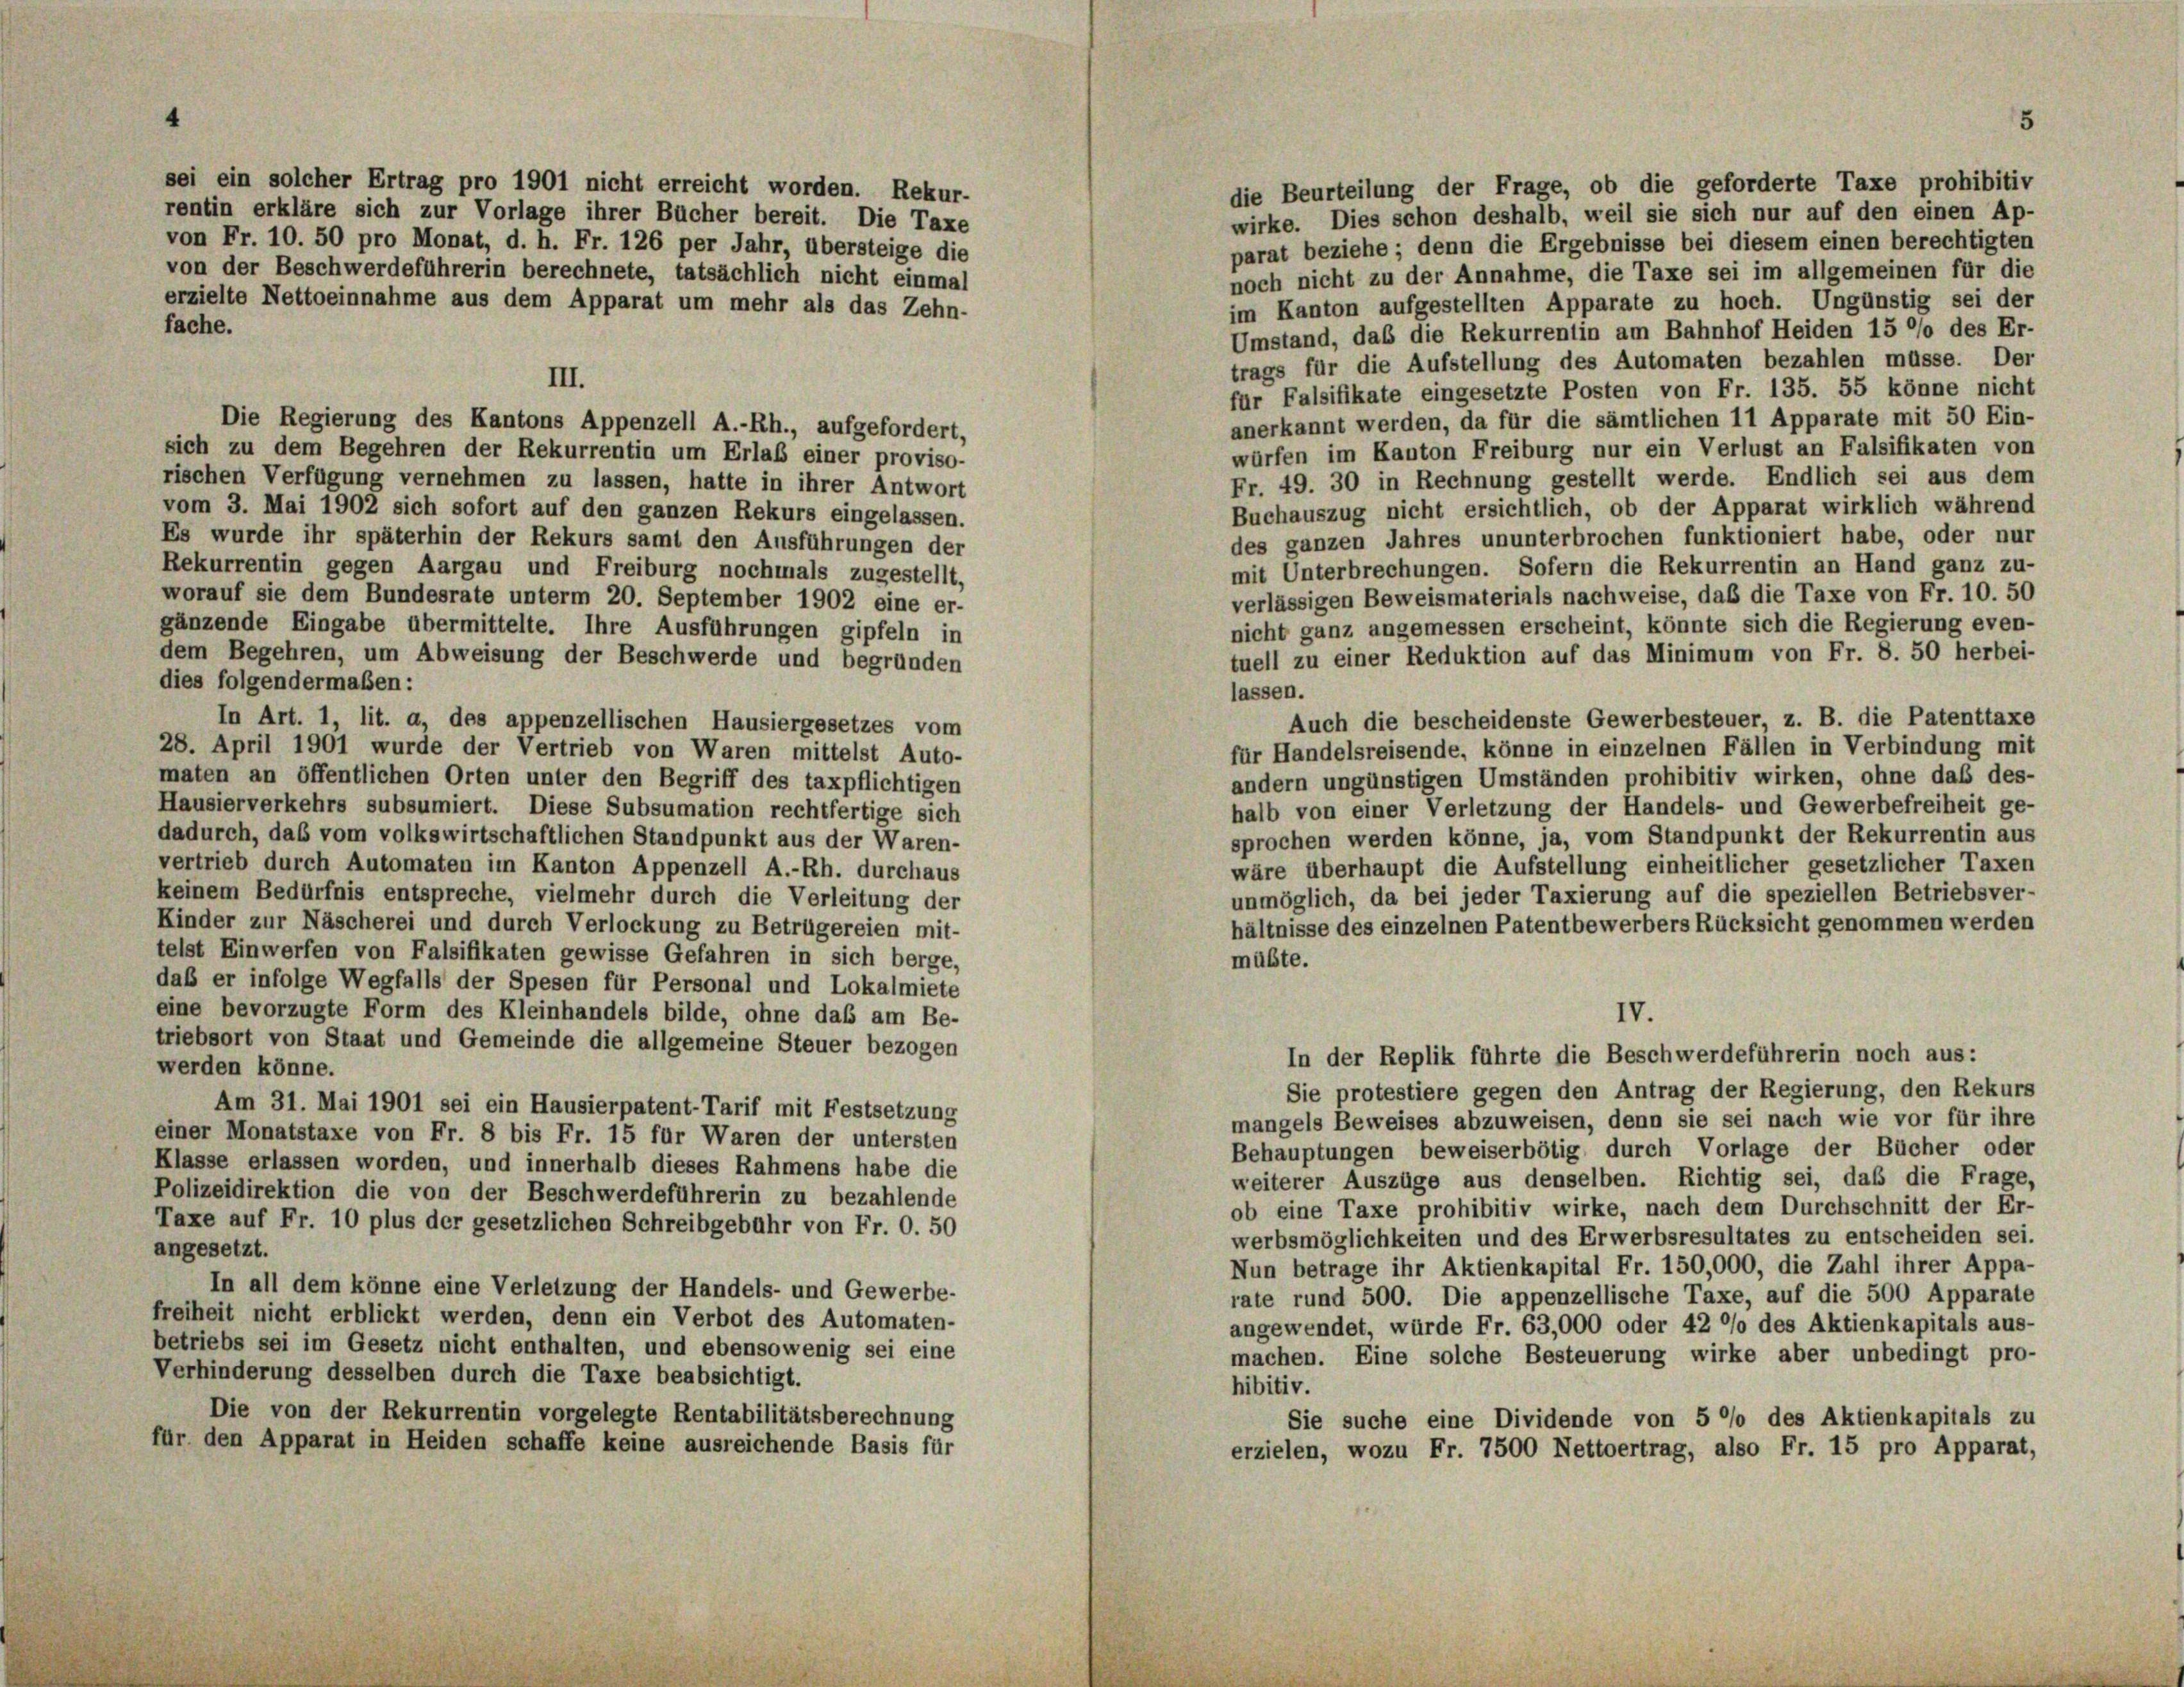
sei ein solcher Ertrag pro 1901 nicht erreicht worden. Rekur-
die Beurteilung der Frage, ob die geforderte Taxe prohibitiv
rentin erkläre sich zur Vorlage ihrer Bücher bereit. Die Taxe
wirke. Dies schon deshalb, weil sie sich nur auf den einen Ap-
von Fr. 10. 50 pro Monat, d. h. Fr. 126 per Jahr, übersteige die
parat beziehe; denn die Ergebnisse bei diesem einen berechtigten
von der Beschwerdeführerin berechnete, tatsächlich nicht einmal
noch nicht zu der Annahme, die Taxe sei im allgemeinen für die
erzielte Nettoeinnahme aus dem Apparat um mehr als das Zehn-
im Kanton aufgestellten Apparate zu hoch. Ungünstig sei der
fache.
Umstand, daß die Rekurrentin am Bahnhof Heiden 15 °/o des Er-
trags für die Aufstellung des Automaten bezahlen müsse. Der
III.
für Falsifikate eingesetzte Posten von Fr. 135. 55 könne nicht
anerkannt werden, da für die sämtlichen 11 Apparate mit 50 Ein-
Die Regierung des Kantons Appenzell A.-Rh., aufgefordert,
würfen im Kanton Freiburg nur ein Verlust an Falsifikaten von
sich zu dem Begehren der Rekurrentin um Erlaß einer proviso-
Fr. 49. 30 in Rechnung gestellt werde. Endlich sei aus dem
rischen Verfügung vernehmen zu lassen, hatte in ihrer Antwort
Buchauszug nicht ersichtlich, ob der Apparat wirklich während
vom 3. Mai 1902 sich sofort auf den ganzen Rekurs eingelassen.
des ganzen Jahres ununterbrochen funktioniert habe, oder nur
Es wurde ihr späterhin der Rekurs samt den Ausführungen der
mit Unterbrechungen. Sofern die Rekurrentin an Hand ganz zu-
Rekurrentin gegen Aargau und Freiburg nochmals zugestellt,
verlässigen Beweismaterials nachweise, daß die Taxe von Fr. 10. 50
worauf sie dem Bundesrate unterm 20. September 1902 eine er-
nicht ganz angemessen erscheint, könnte sich die Regierung even-
gänzende Eingabe übermittelte. Ihre Ausführungen gipfeln in
tuell zu einer Reduktion auf das Minimum von Fr. 8. 50 herbei-
dem Begehren, um Abweisung der Beschwerde und begründen
dies folgendermaßen:
lassen.
Auch die bescheidenste Gewerbesteuer, z. B. die Patenttaxe
In Art. 1, lit. a, des appenzellischen Hausiergesetzes vom
28. April 1901 wurde der Vertrieb von Waren mittelst Auto-
für Handelsreisende, könne in einzelnen Fällen in Verbindung mit
maten an öffentlichen Orten unter den Begriff des taxpflichtigen
andern ungünstigen Umständen prohibitiv wirken, ohne das des-
Hausierverkehrs subsumiert. Diese Subsumation rechtfertige sich
halb von einer Verletzung der Handels- und Gewerbefreiheit ge-
dadurch, das vom volkswirtschaftlichen Standpunkt aus der Waren-
sprochen werden könne, ja, vom Standpunkt der Rekurrentin aus
vertrieb durch Automaten im Kanton Appenzell A.-Rh. durchaus
wäre überhaupt die Aufstellung einheitlicher gesetzlicher Taxen
keinem Bedürfnis entspreche, vielmehr durch die Verleitung der
unmöglich, da bei jeder Taxierung auf die speziellen Betriebsver-
Kinder zur Näscherei und durch Verlockung zu Betrügereien mit-
hältnisse des einzelnen Patentbewerbers Rücksicht genommen werden
telst Einwerfen von Falsifikaten gewisse Gefahren in sich berge,
müßte.
daß er infolge Wegfalls der Spesen für Personal und Lokalmiete
eine bevorzugte Form des Kleinhandels bilde, ohne das am Be-
IV.
triebsort von Staat und Gemeinde die allgemeine Steuer bezogen
In der Replik führte die Beschwerdeführerin noch aus:
werden könne.
Sie protestiere gegen den Antrag der Regierung, den Rekurs
Am 31. Mai 1901 sei ein Hausierpatent-Tarif mit Festsetzung
mangels Beweises abzuweisen, denn sie sei nach wie vor für ihre
einer Monatstaxe von Fr. 8 bis Fr. 15 für Waren der untersten
Behauptungen beweiserbötig durch Vorlage der Bücher oder
Klasse erlassen worden, und innerhalb dieses Rahmens habe die
weiterer Auszüge aus denselben. Richtig sei, daß die Frage,
Polizeidirektion die von der Beschwerdeführerin zu bezahlende
ob eine Taxe prohibitiv wirke, nach dem Durchschnitt der Er-
Taxe auf Fr. 10 plus der gesetzlichen Schreibgebühr von Fr. 0. 50
werbsmöglichkeiten und des Erwerbsresultates zu entscheiden sei.
angesetzt.
Nun betrage ihr Aktienkapital Fr. 150,000, die Zahl ihrer Appa-
In all dem könne eine Verletzung der Handels- und Gewerbe-
rate rund 500. Die appenzellische Taxe, auf die 500 Apparate
freiheit nicht erblickt werden, denn ein Verbot des Automaten-
angewendet, würde Fr. 63,000 oder 42 °/o des Aktienkapitals aus-
betriebs sei im Gesetz nicht enthalten, und ebensowenig sei eine
machen. Eine solche Besteuerung wirke aber unbedingt pro-
Verhinderung desselben durch die Taxe beabsichtigt.
hibitiv.
Die von der Rekurrentin vorgelegte Rentabilitätsberechnung
Sie suche eine Dividende von 5 °/o des Aktienkapitals zu
für den Apparat in Heiden schaffe keine ausreichende Basis für
erzielen, wozu Fr. 7500 Nettoertrag, also Fr. 15 pro Apparat,

5